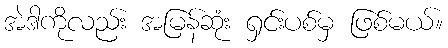
အဲဒါကိုလည်း အမြန်ဆုံး ရှင်းပစ်မှ ဖြစ်မယ်။